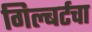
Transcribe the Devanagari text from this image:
गिल्बर्टचा